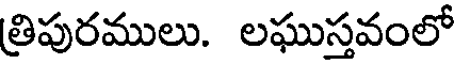
త్రిపురములు. లఘుస్తవంలో